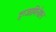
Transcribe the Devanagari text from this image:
इग्जामिनेशन